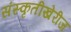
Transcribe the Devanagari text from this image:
संस्कृतीखेरीज